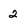
Character: 2